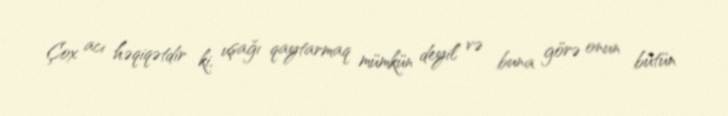
Çox acı həqiqətdir ki, uşağı qaytarmaq mümkün deyil və buna görə onun bütün